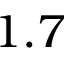
1 . 7